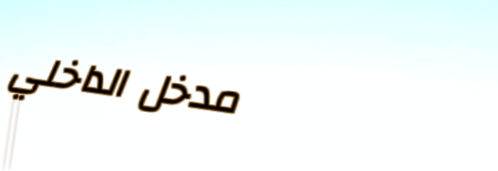
مدخل الداخلي